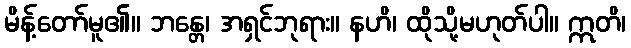
မိန့်တော်မူ၏။ ဘန္တေ၊ အရှင်ဘုရား။ နဟိ၊ ထိုသို့မဟုတ်ပါ။ ဣတိ၊